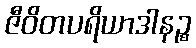
ဇီဝိတပရိယာဒါနဉ္စ